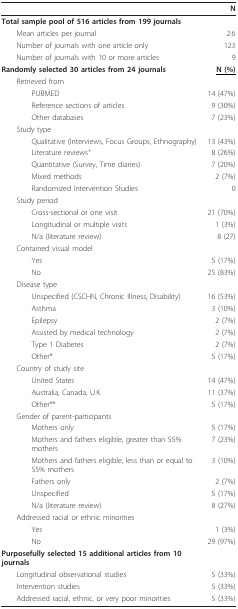
<table><thead><tr><td></td><td><b>N</b></td></tr></thead><tbody><tr><td><b>Total sample pool of 516 articles from 199 journals</b></td><td></td></tr><tr><td> Mean articles per journal</td><td>2.6</td></tr><tr><td> Number of journals with one article only</td><td>123</td></tr><tr><td> Number of journals with 10 or more articles</td><td>9</td></tr><tr><td><b>Randomly selected 30 articles from 24 journals</b></td><td><b><underline>N (%)</underline></b></td></tr><tr><td> Retrieved from</td><td></td></tr><tr><td>PUBMED</td><td>14 (47%)</td></tr><tr><td>Reference sections of articles</td><td>9 (30%)</td></tr><tr><td>Other databases</td><td>7 (23%)</td></tr><tr><td> Study type</td><td></td></tr><tr><td>Qualitative (Interviews, Focus Groups, Ethnography)</td><td>13 (43%)</td></tr><tr><td>Literature reviews<sup>+</sup></td><td>8 (26%)</td></tr><tr><td>Quantitative (Survey, Time diaries)</td><td>7 (20%)</td></tr><tr><td>Mixed methods</td><td>2 (7%)</td></tr><tr><td>Randomized Intervention Studies</td><td>0</td></tr><tr><td> Study period</td><td></td></tr><tr><td>Cross-sectional or one visit</td><td>21 (70%)</td></tr><tr><td>Longitudinal or multiple visits</td><td>1 (3%)</td></tr><tr><td>N/a (literature review)</td><td>8 (27)</td></tr><tr><td> Contained visual model</td><td></td></tr><tr><td>Yes</td><td>5 (17%)</td></tr><tr><td>No</td><td>25 (83%)</td></tr><tr><td> Disease type</td><td></td></tr><tr><td>Unspecified (CSCHN, Chronic Illness, Disability)</td><td>16 (53%)</td></tr><tr><td>Asthma</td><td>3 (10%)</td></tr><tr><td>Epilepsy</td><td>2 (7%)</td></tr><tr><td>Assisted by medical technology</td><td>2 (7%)</td></tr><tr><td>Type 1 Diabetes</td><td>2 (7%)</td></tr><tr><td>Other*</td><td>5 (17%)</td></tr><tr><td> Country of study site</td><td></td></tr><tr><td>United States</td><td>14 (47%)</td></tr><tr><td>Australia, Canada, U.K.</td><td>11 (37%)</td></tr><tr><td>Other**</td><td>5 (17%)</td></tr><tr><td> Gender of parent-participants</td><td></td></tr><tr><td>Mothers only</td><td>5 (17%)</td></tr><tr><td>Mothers and fathers eligible, greater than 55% mothers</td><td>7 (23%)</td></tr><tr><td>Mothers and fathers eligible, less than or equal to 55% mothers</td><td>3 (10%)</td></tr><tr><td>Fathers only</td><td>2 (7%)</td></tr><tr><td>Unspecified</td><td>5 (17%)</td></tr><tr><td>N/a (literature review)</td><td>8 (27%)</td></tr><tr><td> Addressed racial or ethnic minorities</td><td></td></tr><tr><td>Yes</td><td>1 (3%)</td></tr><tr><td>No</td><td>29 (97%)</td></tr><tr><td><b>Purposefully selected 15 additional articles from 10 journals</b></td><td></td></tr><tr><td> Longitudinal observational studies</td><td>5 (33%)</td></tr><tr><td> Intervention studies</td><td>5 (33%)</td></tr><tr><td> Addressed racial, ethnic, or very poor minorities</td><td>5 (33%)</td></tr></tbody></table>